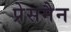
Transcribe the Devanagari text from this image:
प्रेसमैन